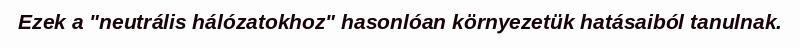
Ezek a "neutrális hálózatokhoz" hasonlóan környezetük hatásaiból tanulnak.